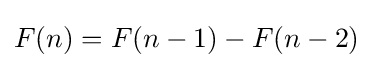
F(n)=F(n-1)-F(n-2)